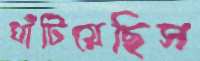
ঘাঁটিয়েছিস